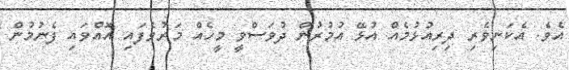
އެވެ. އެކަނިވެރި ދިރިއުޅުމެއް އުޅޭ އުމުރުން ދުވަސްވީ މީހެއް މަރުވެފައި އޮއްވައި ފެނުމުން